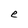
Character: e